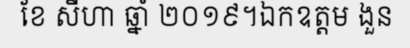
ខែ សីហា ឆ្នាំ ២០១៩។ឯកឧត្តម ងួន